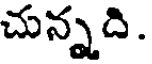
చున్నది.